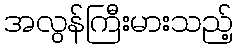
အလွန်ကြီးမားသည့်